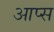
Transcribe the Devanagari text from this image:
आप्स